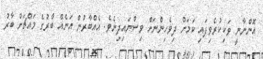
އޮންނާނީ ވަކިކުރެވިފައި ކަމަށް ދިވެހިންނަށް ވިސްނައިދިނެވެ. އެއްބާރުން އަނެއް ބާރުގެ މައްޗަށް ބާރު